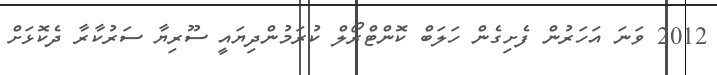
2012 ވަނަ އަހަރުން ފެށިގެން ހަލަބް ކޮންޓްރޯލް ކުރަމުންދިޔައީ ސޫރިޔާ ސަރުކާރާ ދެކޮޅަށް